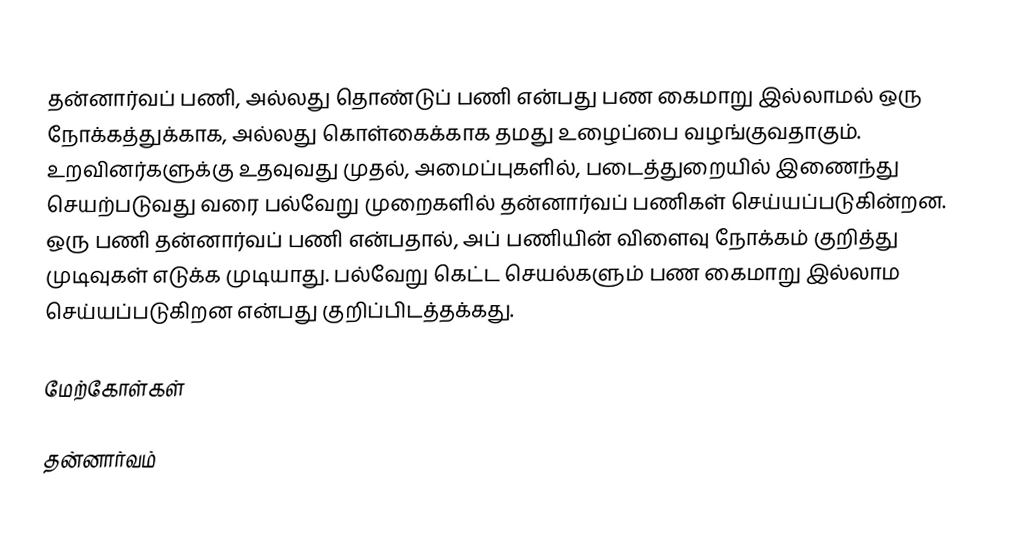
தன்னார்வப் பணி, அல்லது தொண்டுப் பணி என்பது பண கைமாறு இல்லாமல் ஒரு நோக்கத்துக்காக, அல்லது கொள்கைக்காக தமது உழைப்பை வழங்குவதாகும்.  உறவினர்களுக்கு உதவுவது முதல், அமைப்புகளில், படைத்துறையில் இணைந்து செயற்படுவது வரை பல்வேறு முறைகளில் தன்னார்வப் பணிகள் செய்யப்படுகின்றன.  ஒரு பணி தன்னார்வப் பணி என்பதால், அப் பணியின் விளைவு நோக்கம் குறித்து முடிவுகள் எடுக்க முடியாது.  பல்வேறு கெட்ட செயல்களும் பண கைமாறு இல்லாம செய்யப்படுகிறன என்பது குறிப்பிடத்தக்கது.

மேற்கோள்கள்

தன்னார்வம்